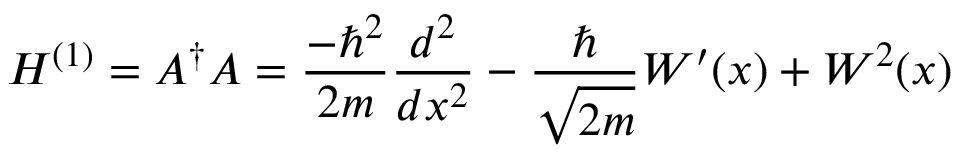
H ^ { ( 1 ) } = A ^ { \dagger } A = { \frac { - \hbar ^ { 2 } } { 2 m } } { \frac { d ^ { 2 } } { d x ^ { 2 } } } - { \frac { \hbar } { \sqrt { 2 m } } } W ^ { \prime } ( x ) + W ^ { 2 } ( x )